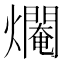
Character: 𤑷